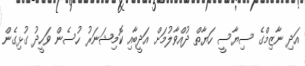
އަދި ނާޒިމްގެ ސިޔާސީ ހަޔާތް ދުއްވާލުމަށް އަދީބާއި ކޮމިޝަނަރު ހުސެން ވަހީދު ގުޅިގެން